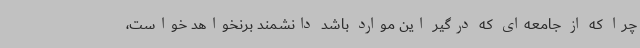
چرا که از جامعه‌ای که درگیر این موارد باشد دانشمند برنخواهد خواست،